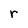
Character: r